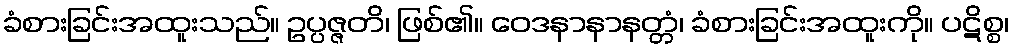
ခံစားခြင်းအထူးသည်။ ဥပ္ပဇ္ဇတိ၊ ဖြစ်၏။ ဝေဒနာနာနတ္တံ၊ ခံစားခြင်းအထူးကို။ ပဋိစ္စ၊